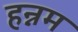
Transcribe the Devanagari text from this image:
हन्नम